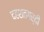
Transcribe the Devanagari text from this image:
दहशतगर्दी